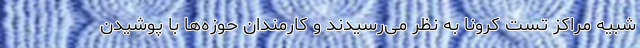
شبیه مراکز تست کرونا به نظر می‌رسیدند و کارمندان حوزه‌ها با پوشیدن